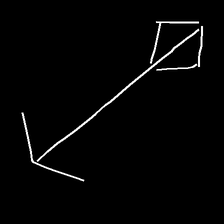
Glyph: focus